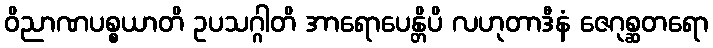
ဝိညာဏပစ္စယာတိ ဥပသဂ္ဂါတိ အာရောပေန္တိပိ လဟုတာဒီနံ ဇေဂုစ္ဆတရော